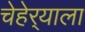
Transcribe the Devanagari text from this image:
चेहेर्‍याला